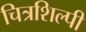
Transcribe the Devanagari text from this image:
चित्रशिल्पी